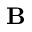
\mathbf { B }